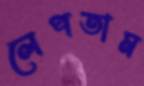
লেপতাম